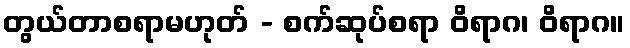
တွယ်တာစရာမဟုတ် - စက်ဆုပ်စရာ ဝိရာဂ၊ ဝိရာဂ။